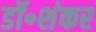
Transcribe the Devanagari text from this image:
डॉ॰शंकर